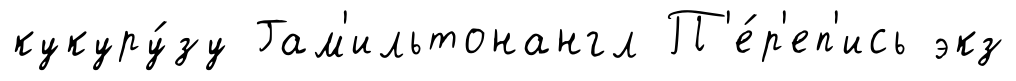
кукуру́зу Гам'ильтонангл П'е́р'еп'ись экз